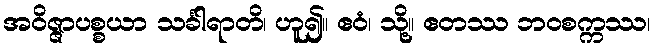
အဝိဇ္ဇာပစ္စယာ သင်္ခါရာတိ၊ ဟူ၍။ ဧဝံ၊ သို့။ ဧတဿ ဘဝစက္ကဿ၊